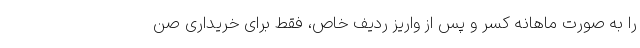
را به صورت ماهانه کسر و پس از واریز ردیف خاص، فقط برای خریداری صن